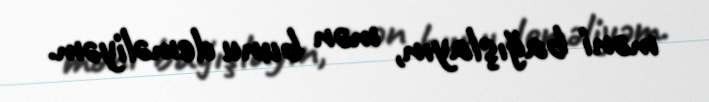
məni bağışlayın, mən bunu deməliyəm.